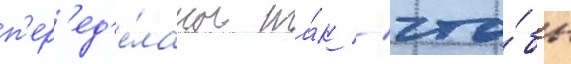
п'ер'ед'е́ланы та́к / что́бы